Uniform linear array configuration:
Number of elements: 32
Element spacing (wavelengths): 0.75
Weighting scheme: cosine
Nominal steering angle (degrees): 30
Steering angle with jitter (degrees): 30.28
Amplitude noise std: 0.05
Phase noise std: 0.05

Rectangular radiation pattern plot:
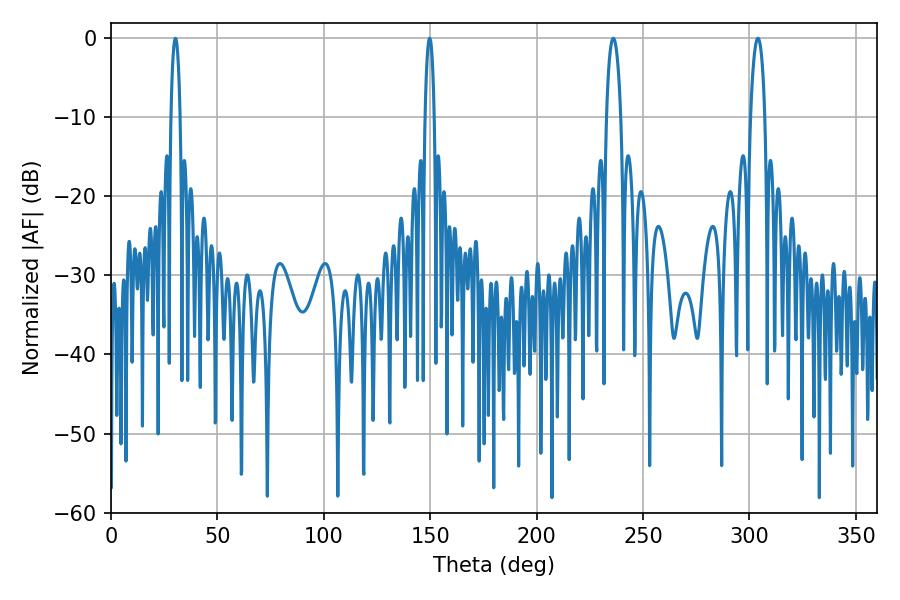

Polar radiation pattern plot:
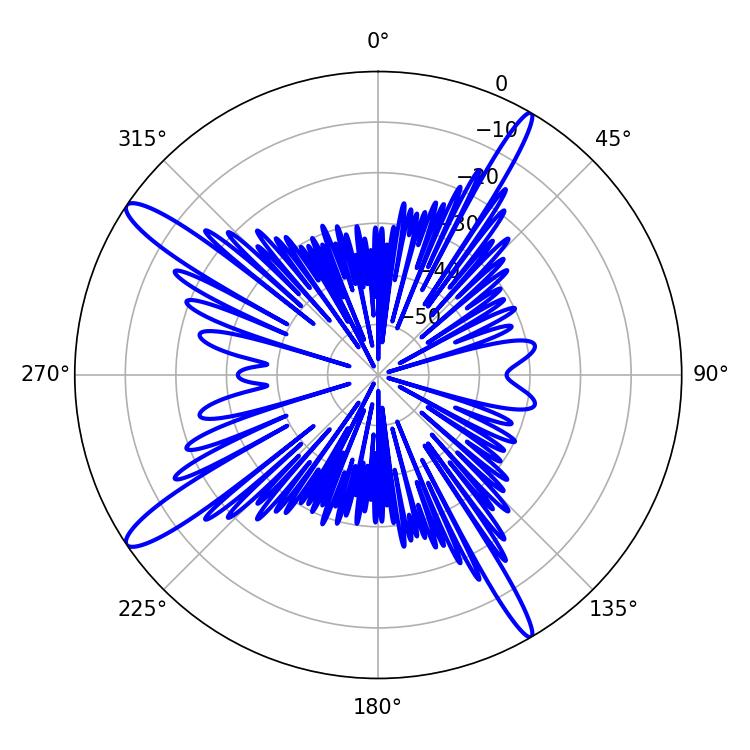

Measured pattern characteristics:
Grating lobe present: TRUE
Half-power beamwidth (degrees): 3.78
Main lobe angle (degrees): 235.98